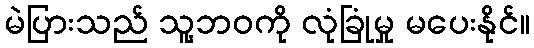
မဲပြားသည် သူ့ဘဝကို လုံခြုံမှု မပေးနိုင်။